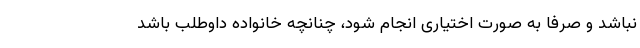
نباشد و صرفا به صورت اختیاری انجام شود، چنانچه خانواده داوطلب باشد